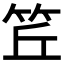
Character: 𥬨